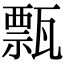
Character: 㼼